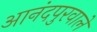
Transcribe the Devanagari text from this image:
आनंदपुरवाले